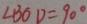
\angle B O D = 9 0 ^ { \circ }